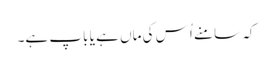
کہ سامنے اُس کی ماں ہے یا باپ ہے۔